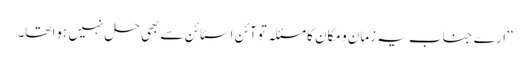
‘‘ارے جناب یہ زمان و مکان کا مسئلہ تو آئن اسٹائن سے بھی حل نہیں ہوا تھا۔